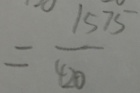
= \frac { 1 5 7 5 } { 4 2 0 }